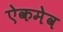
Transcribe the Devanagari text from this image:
ऐकमेव